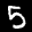
Label: 5